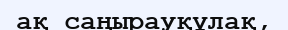
ақ саңырауқұлақ,